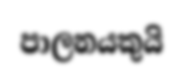
පාලනයකුයි